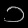
Digit: ၁